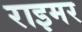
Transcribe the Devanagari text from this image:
राइमर